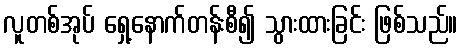
လူတစ်အုပ် ရှေ့နောက်တန်းစီ၍ သွားထားခြင်း ဖြစ်သည်။